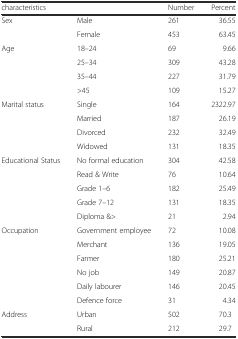
| <COLSPAN=2> characteristics | Number | Percent |
 | --- | --- | --- | --- |
 | <ROWSPAN=2> Sex | Male | 261 | 36.55 |
 | Female | 453 | 63.45 |
 | <ROWSPAN=4> Age | 18–24 | 69 | 9.66 |
 | 25–34 | 309 | 43.28 |
 | 35–44 | 227 | 31.79 |
 | >45 | 109 | 15.27 |
 | <ROWSPAN=4> Marital status | Single | 164 | 2322.97 |
 | Married | 187 | 26.19 |
 | Divorced | 232 | 32.49 |
 | Widowed | 131 | 18.35 |
 | <ROWSPAN=5> Educational Status | No formal education | 304 | 42.58 |
 | Read & Write | 76 | 10.64 |
 | Grade 1–6 | 182 | 25.49 |
 | Grade 7–12 | 131 | 18.35 |
 | Diploma &> | 21 | 2.94 |
 | <ROWSPAN=6> Occupation | Government employee | 72 | 10.08 |
 | Merchant | 136 | 19.05 |
 | Farmer | 180 | 25.21 |
 | No job | 149 | 20.87 |
 | Daily labourer | 146 | 20.45 |
 | Defence force | 31 | 4.34 |
 | <ROWSPAN=2> Address | Urban | 502 | 70.3 |
 | Rural | 212 | 29.7 |